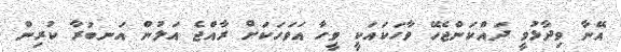
އޭނާ ވިދާޅުވީ ދައްކަންޖެހޭ ވާހަކައަކީ ވީހާ އަވަހަކަށް ރާއްޖެ އަލުން އަނބުރާ ކުރިން